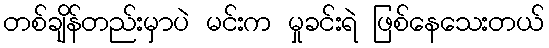
တစ်ချိန်တည်းမှာပဲ မင်းက မှုခင်းရဲ ဖြစ်နေသေးတယ်